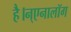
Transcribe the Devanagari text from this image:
है।न्एनालॉग